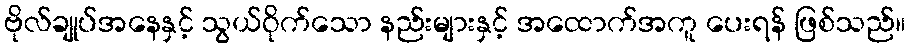
ဗိုလ်ချုပ်အနေနှင့် သွယ်ဝိုက်သော နည်းများနှင့် အထောက်အကူ ပေးရန် ဖြစ်သည်။